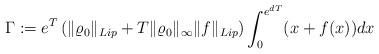
LaTeX: \begin{align*}\Gamma := e^{ T} \left( \| \varrho_0\|_{Lip} + T \| \varrho_0\|_\infty \| f\|_{Lip} \right) \int_0^{ e^{d T}} (x+f(x)) dx\end{align*}